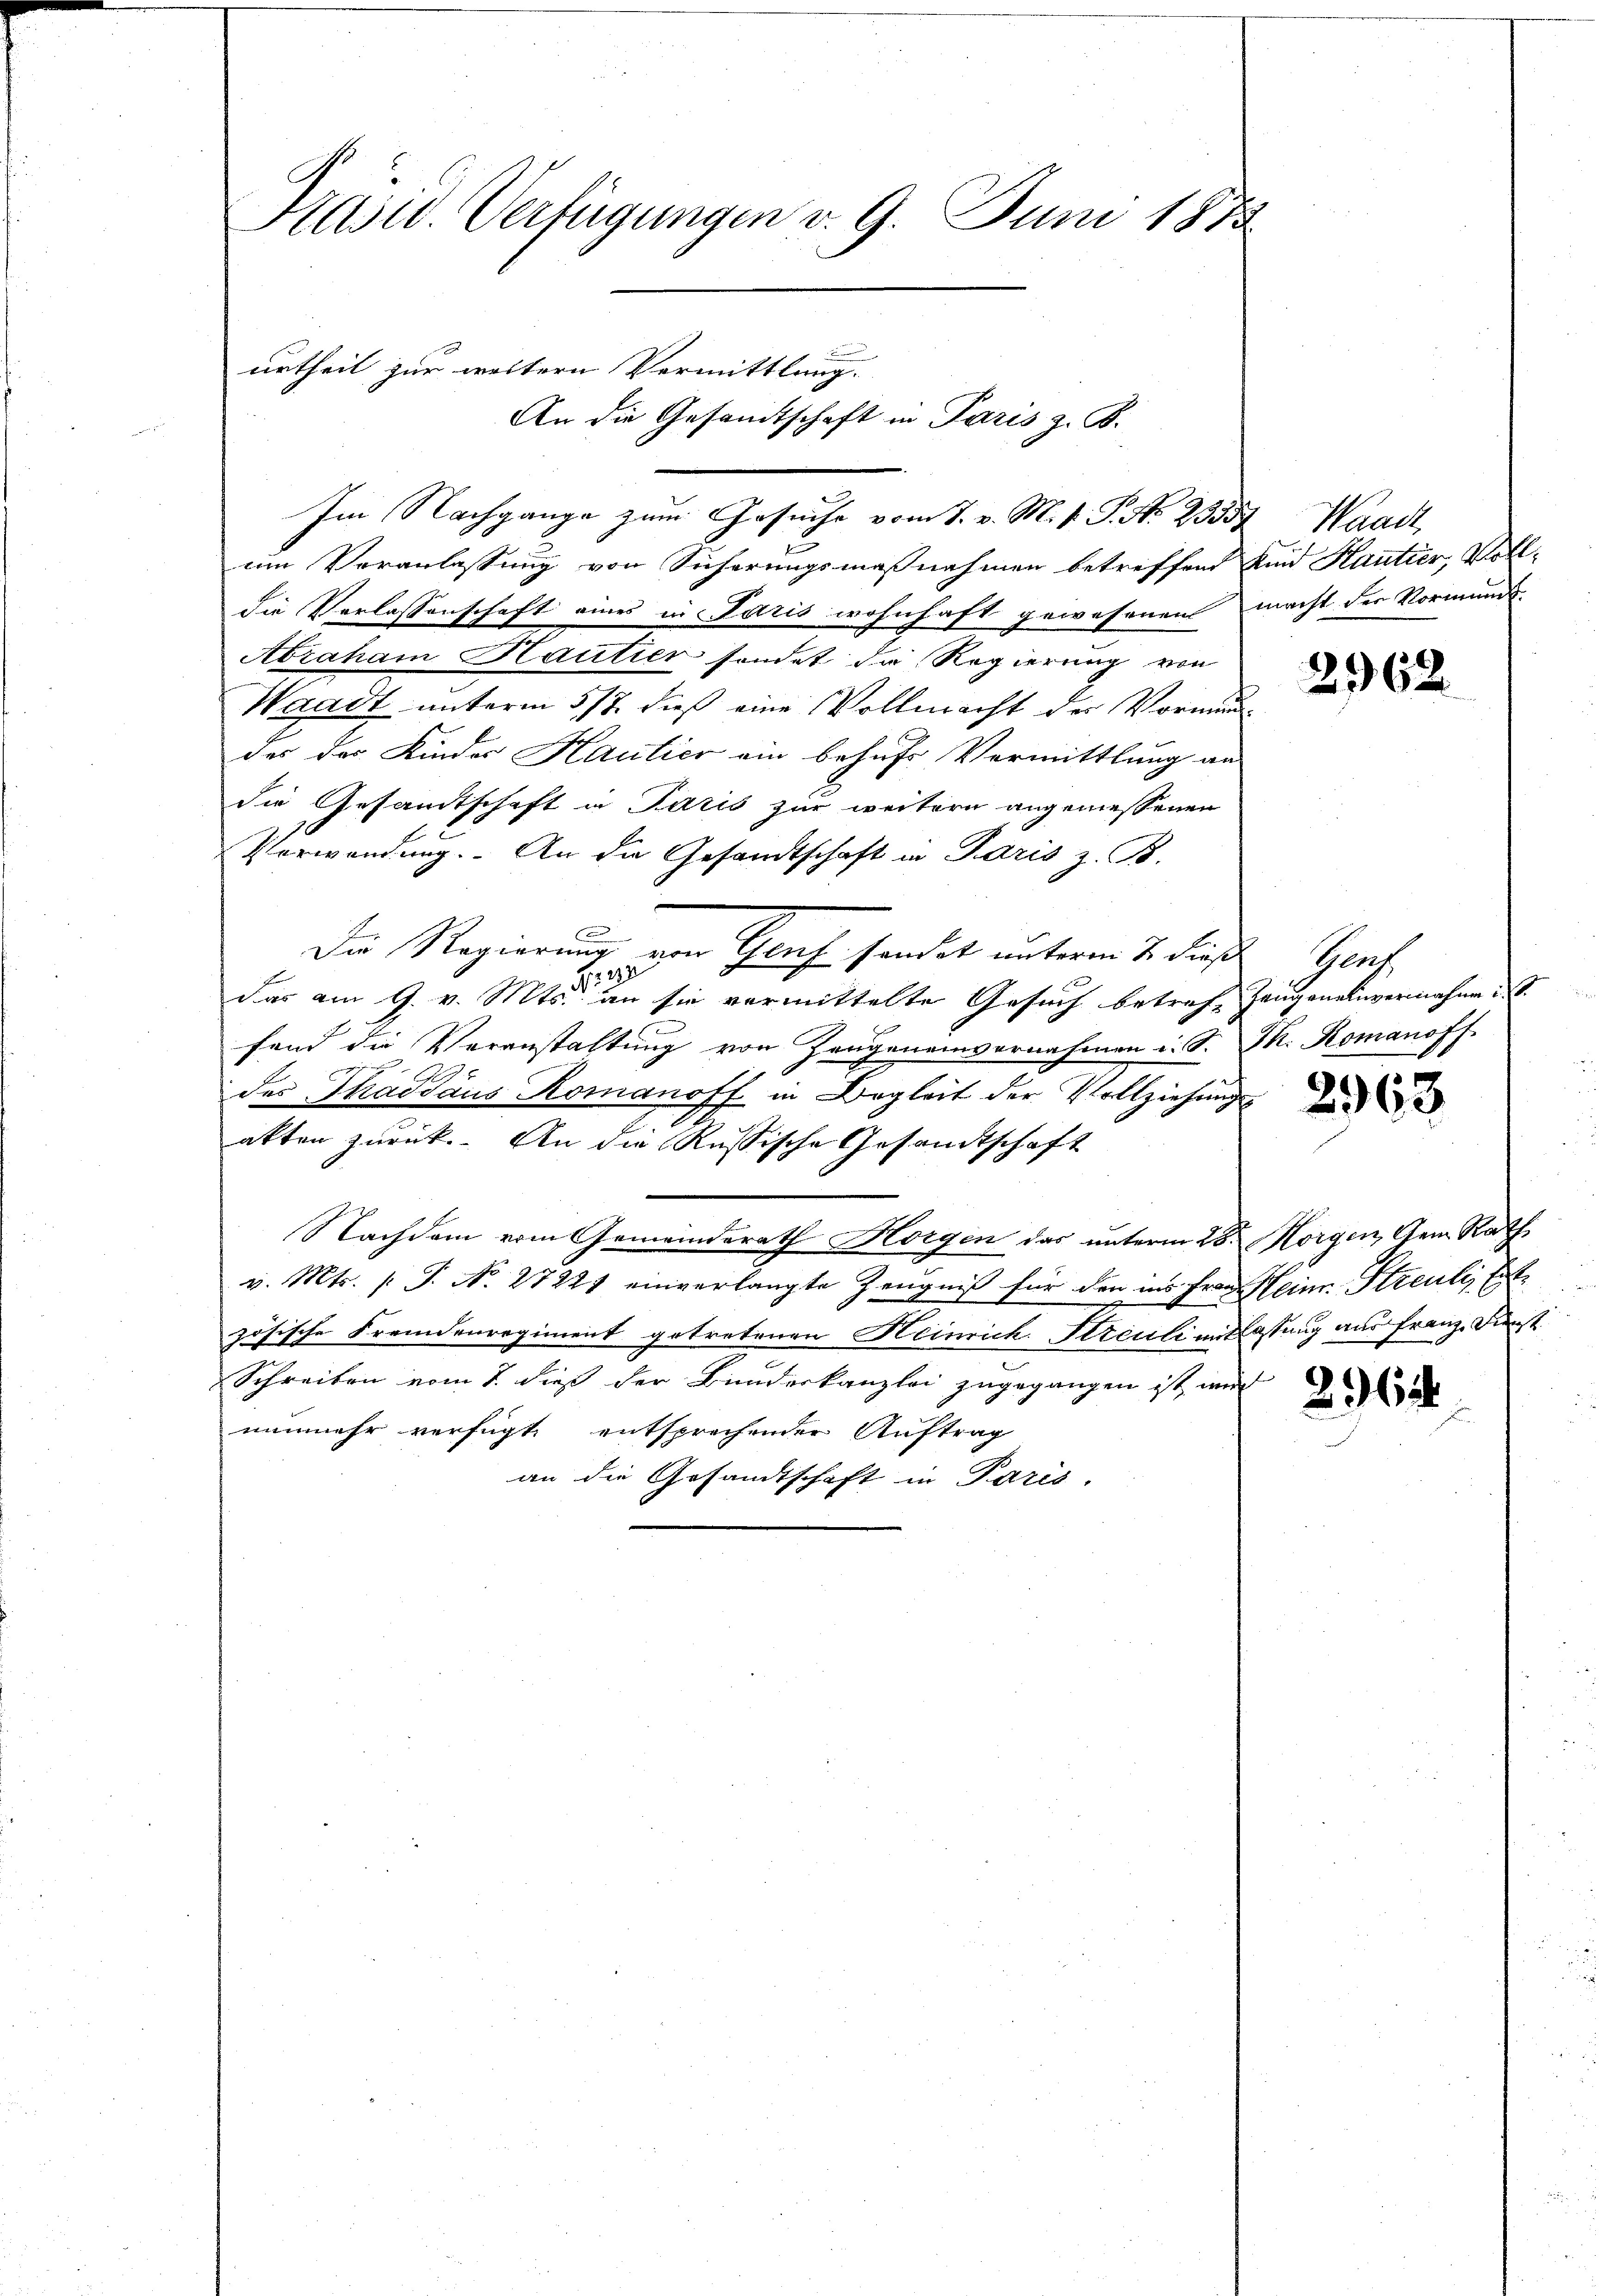
Kasid. Verfügungen v. 9. Juni 1873.

Im Nachgange zum Gesuche vom 7. v. M. v. P. Nr. 23553, Waadt,
um Veranlassung von Sicherungsmaßnahmen betreffend und Kautier, Volldie Verlassenschaft eines in Paris wohnhaft gewesenen macht der Vormunds-
Abraham Hautier sondet die Regierung von
Waadt unterm 5/7. dieß eine Vollmacht des Vormunddes der Kinder Hautier ein behufs Vermittlung an
die Gesandtschaft in Paris zur weitern angemessenen
Verwendung. An die Gesandtschaft in Paris z. B.
Die Regierung von Graf sondet unterm 2. dieß Genf
1247
das am 9. v. Mts. an sie vormittelte Gesuch betref Zeugeneinvermahnen X S.
fend die Veranstaltung von Zeugeneinvernahmen u. S. S. Romanoff.
des Thaddaus Romanoff in Begleit der Vollziehungs-
akten zurück. An die Russische Gesandtschaft
Nachdem vom Gemeinderath Horgen das unterm 28. Morgen, dem Rath
v. Mts. (T. No. 27221 einverlangte Zeugniß für den ins Frau Heine Streuli, Est
zösische Fremdenregiment getretenen Heinrich Streuli entlassung aus Franz. Dienst
Schreiben vom 1. dieß der Bunderkanzlei zugegangen ist, wird
nunmehr verfügt, entsprechender Auftrag
an die Gesandtschaft in Paris.

urtheil zur weitern Vermittlung.

An die Gesandtschaft in Paris z. B.

2962

2963

2965